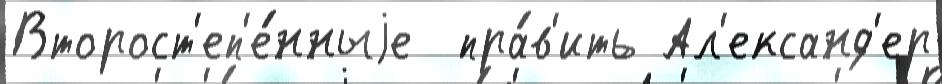
Второст'еп'е́нныjе  пра́в'ить Ал'ександ'ер